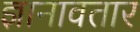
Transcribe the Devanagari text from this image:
ज्ञानावतार